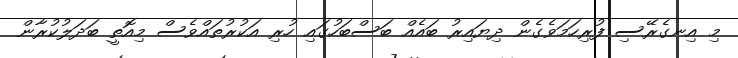
މި އިނގެރޭސި ފުރިހަމަވެގެން ދިޔައިރު ބައެއް ބަސްބަހުގައި ހުރި އަކުރުތައްވެސް މިއޮތީ ބަދަލުކުރާން